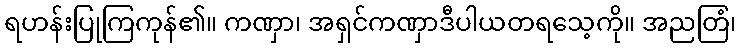
ရဟန်းပြုကြကုန်၏။ ကဏှာ၊ အရှင်ကဏှာဒီပါယတရသေ့ကို။ အညတြံ၊